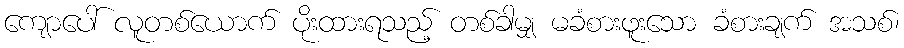
ကျောပေါ် လူတစ်ယောက် ပိုးထားရသည့် တစ်ခါမျှ မခံစားဖူးသော ခံစားချက် အသစ်၊